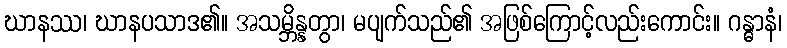
ဃာနဿ၊ ဃာနပသာဒ၏။ အသမ္ဘိန္နတွာ၊ မပျက်သည်၏ အဖြစ်ကြောင့်လည်းကောင်း။ ဂန္ဓာနံ၊